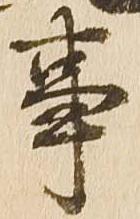
事